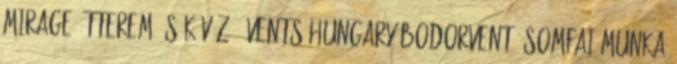
Mirage étterem és kávézó, Vents Hungary Bodorvent, Somfai Munka